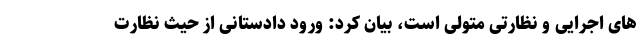
های اجرایی و نظارتی متولی است، بیان کرد: ورود دادستانی از حیث نظارت